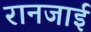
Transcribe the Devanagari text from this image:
रानजाई